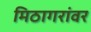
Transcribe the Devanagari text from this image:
मिठागरांवर